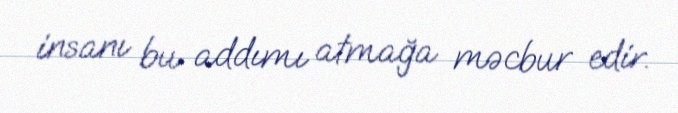
insanı bu addımı atmağa məcbur edir.